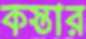
কস্তার